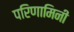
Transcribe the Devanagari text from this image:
परिणामिनी